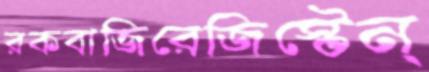
রকবাজিরেজিস্টেন্